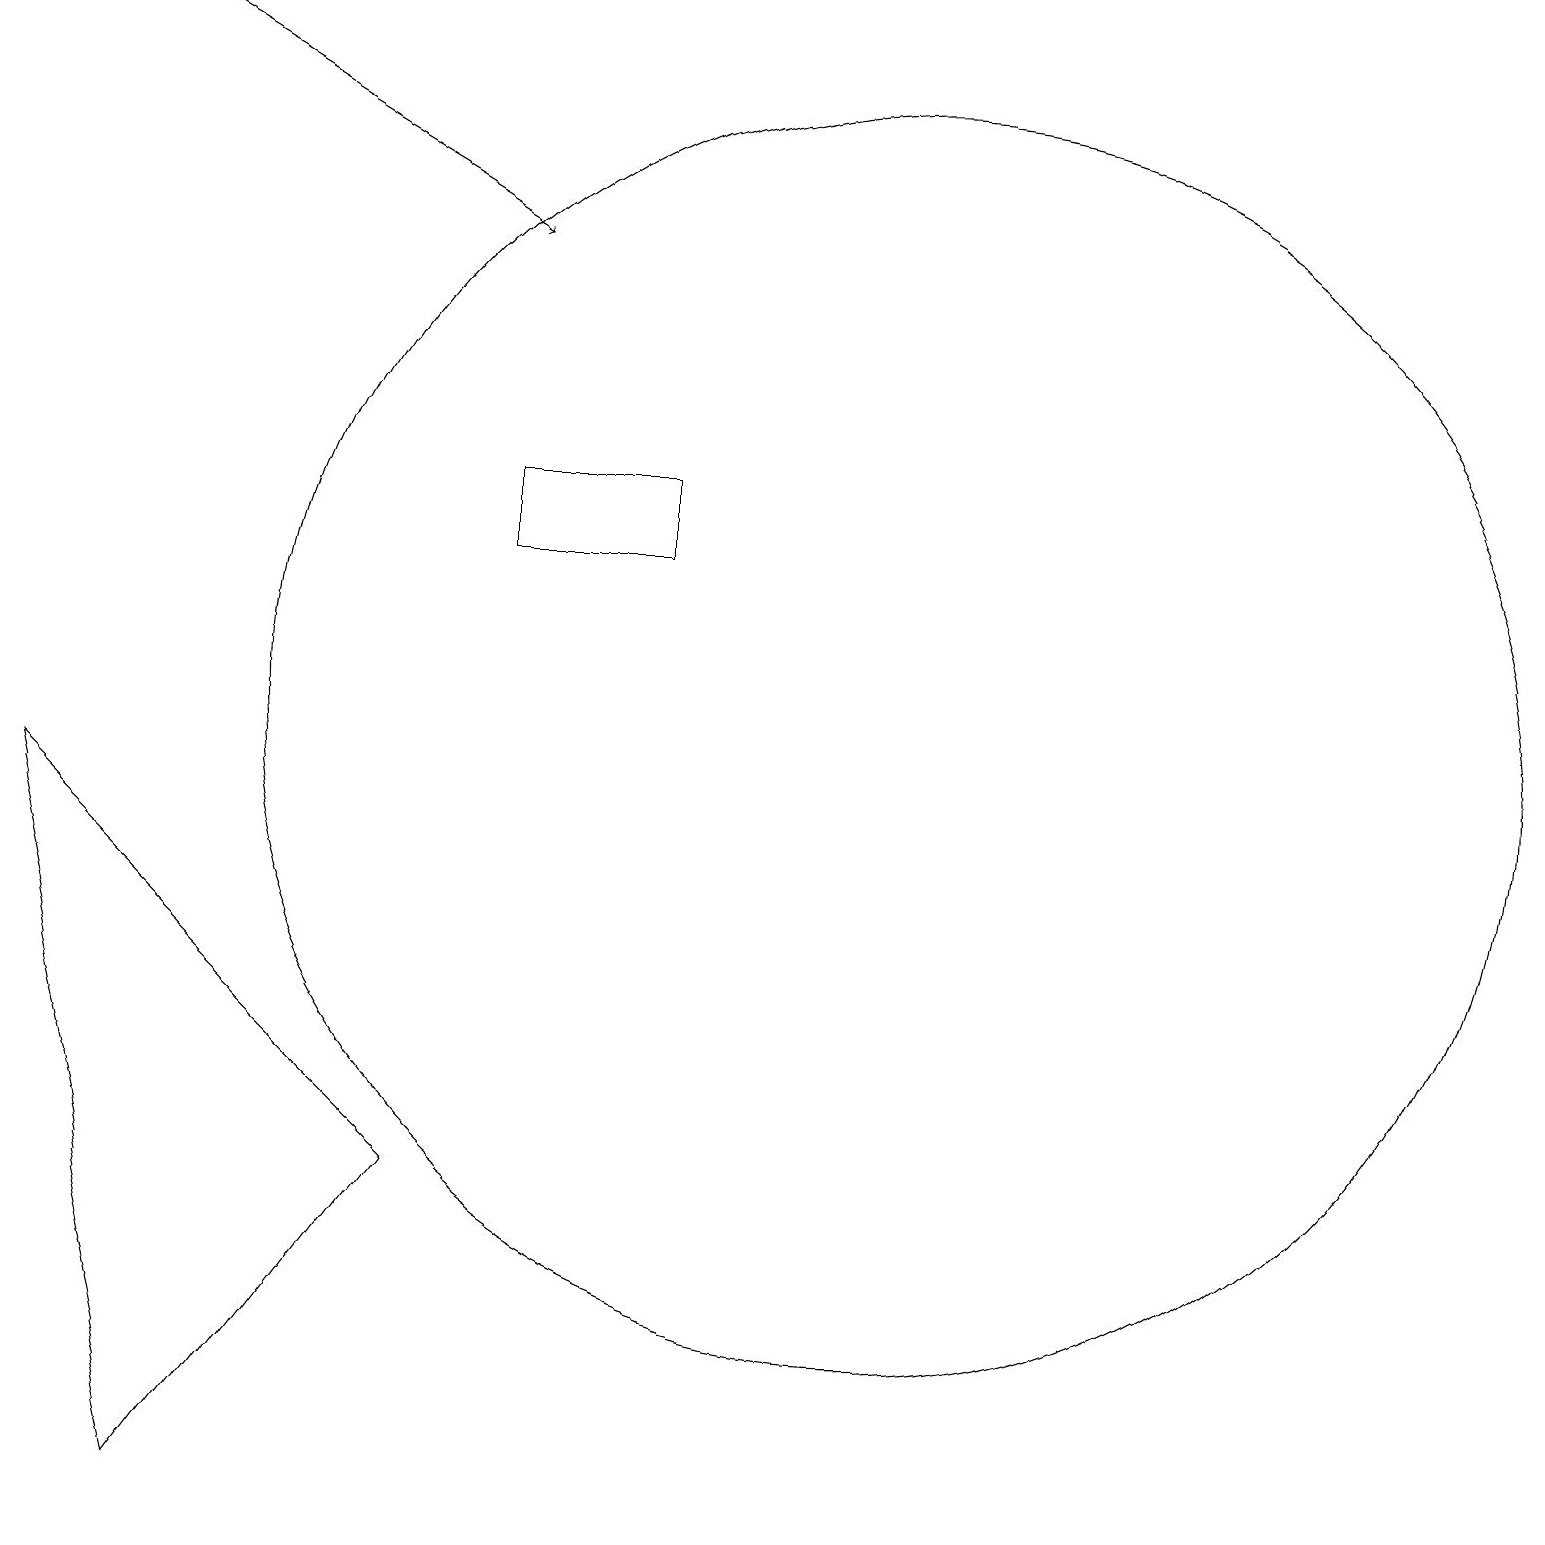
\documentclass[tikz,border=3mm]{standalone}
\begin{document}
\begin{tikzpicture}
\draw[->] (1,19) -- (6,16);
\draw (0,9) -- (2,0) -- (5,4) -- cycle;
\draw (11,10) circle (8);
\draw (6,12) rectangle (8,13);
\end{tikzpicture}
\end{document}